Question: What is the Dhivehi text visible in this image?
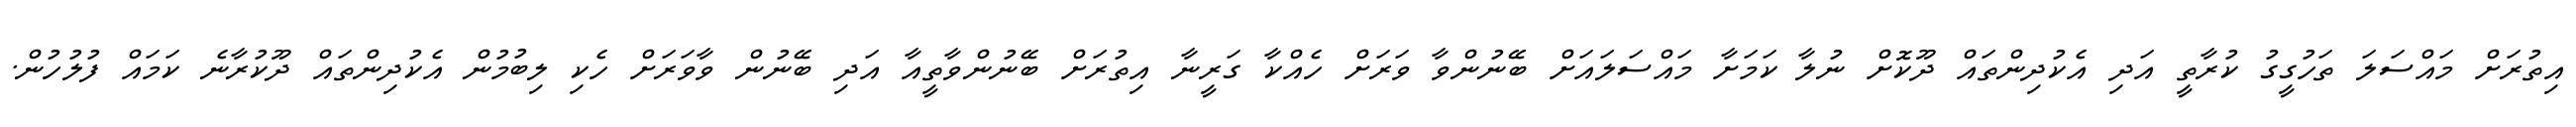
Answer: އިތުރަށް މައްސަލަ ތަހުގީގު ކުރާތީ އަދި އެކުދިންތައް ދޫކޮށް ނުލާ ކަމަށާ މައްސަލައަށް ބޭނުންވާ ވަރަށް ހެއްކާ ގަރީނާ އިތުރަށް ބޭނުންވާތީއާ އަދި ބޭނުން ވާވަރަށް ހެކި ލިބުމުން އެކުދިންތައް ދޫކުރާނެ ކަމައް ފުލުހުން.